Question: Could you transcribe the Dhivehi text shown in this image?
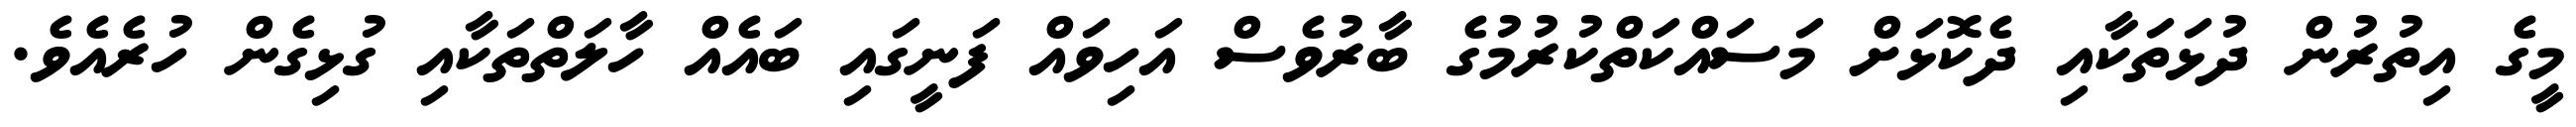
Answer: މީގެ އިތުރުން ދުޅަތަކާއި ދެކޮޅަށް މަސައްކަތްކުރުމުގެ ބާރުވެސް އަހިވައް ފަނީގައި ބައެއް ހާލަތްތަކާއި ގުޅިގެން ހުރެއެވެ.